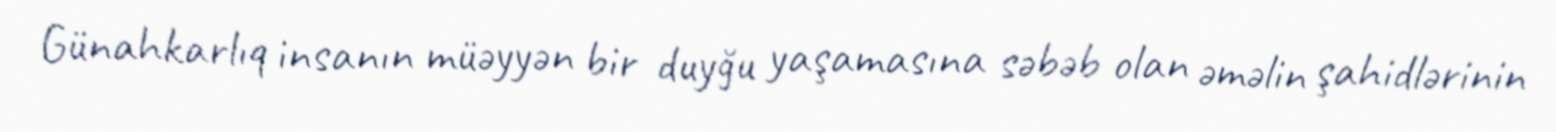
Günahkarlıq insanın müəyyən bir duyğu yaşamasına səbəb olan əməlin şahidlərinin